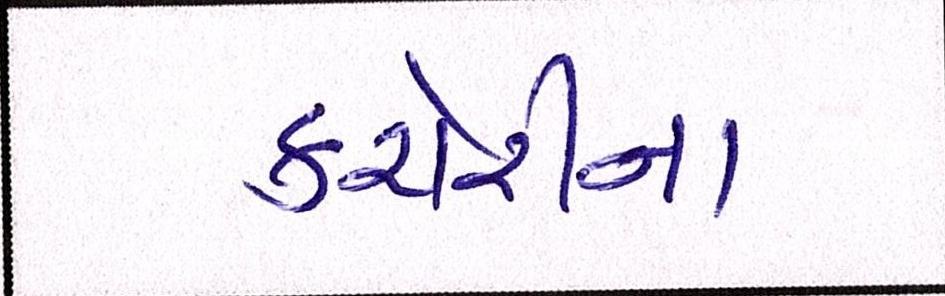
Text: કચેરીના